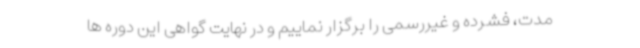
مدت، فشرده و غیررسمی را برگزار نماییم و در نهایت گواهی این دوره ها